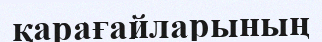
қарағайларының